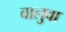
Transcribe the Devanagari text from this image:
बालुवा